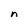
Character: n